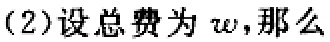
(2)设总费为 \(w\)，那么